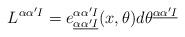
LaTeX: \begin{align*}L^{\alpha \alpha' I}=e^{\alpha \alpha' I} _{\underline \alpha \underline{\alpha'} \underline I } (x, \theta) d \theta ^{\underline \alpha\underline{\alpha'} \underline I }\end{align*}